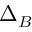
\Delta _ { B }